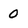
Character: 0